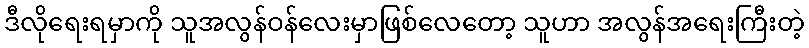
ဒီလိုရေးရမှာကို သူအလွန်ဝန်လေးမှာဖြစ်လေတော့ သူဟာ အလွန်အရေးကြီးတဲ့